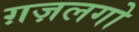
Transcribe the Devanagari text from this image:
ग़ज़लगो